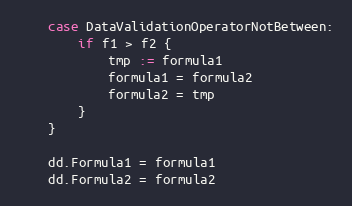
Language: Go
	case DataValidationOperatorNotBetween:
		if f1 > f2 {
			tmp := formula1
			formula1 = formula2
			formula2 = tmp
		}
	}

	dd.Formula1 = formula1
	dd.Formula2 = formula2